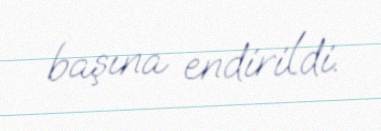
başına endirildi.